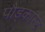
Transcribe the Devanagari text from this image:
पौड्कास्ट